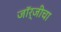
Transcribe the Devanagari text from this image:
जॉर्जीचा